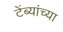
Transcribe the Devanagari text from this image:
टेंब्यांच्या